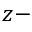
z -